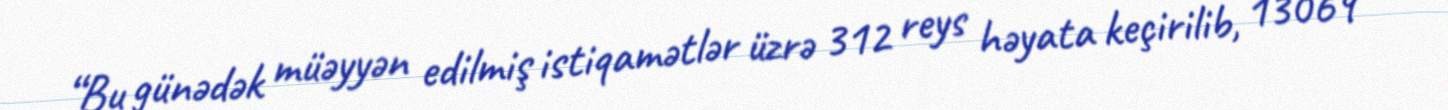
“Bu günədək müəyyən edilmiş istiqamətlər üzrə 312 reys həyata keçirilib, 13069